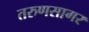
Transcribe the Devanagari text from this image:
तरुणसागर